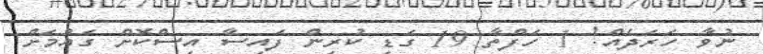
ނުވާ ހަރަދެއް! 1 ހަފްތާ 19 ގަޑި ކުރިން ފައިސާ އިސްކޮށް ގައުމަށް